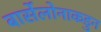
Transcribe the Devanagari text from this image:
बार्सेलोनाकडुन